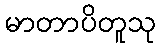
မာတာပိတူသု